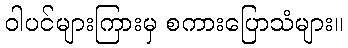
ဝါပင်များကြားမှ စကားပြောသံများ။